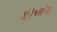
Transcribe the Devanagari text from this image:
परिच्च्हेद